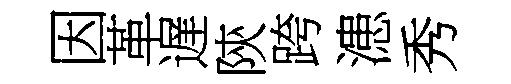
因革遅陝跨漶秀